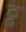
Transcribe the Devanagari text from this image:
ठ्ठ